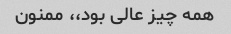
همه چیز عالی بود،، ممنون